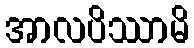
အာလပိဿာမိ